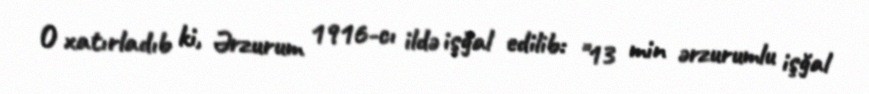
O xatırladıb ki, Ərzurum 1916-cı ildə işğal edilib: "13 min ərzurumlu işğal